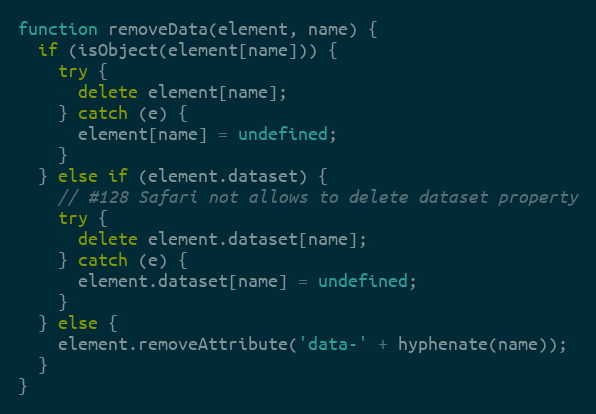
Language: JavaScript
function removeData(element, name) {
  if (isObject(element[name])) {
    try {
      delete element[name];
    } catch (e) {
      element[name] = undefined;
    }
  } else if (element.dataset) {
    // #128 Safari not allows to delete dataset property
    try {
      delete element.dataset[name];
    } catch (e) {
      element.dataset[name] = undefined;
    }
  } else {
    element.removeAttribute('data-' + hyphenate(name));
  }
}